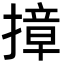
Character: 𭢓